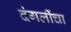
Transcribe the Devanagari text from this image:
दंगलींचा